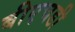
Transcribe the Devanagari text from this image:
बीएचडी